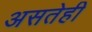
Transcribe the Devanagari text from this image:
असतेही